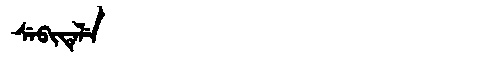
Manchu: ᠰᡝᠪᡳᡨᡝᠯᡝ
Romanization: SEBITELE